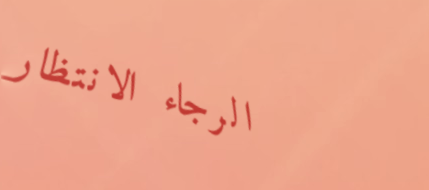
الرجاء الانتظار